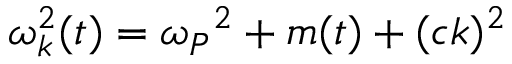
\omega _ { k } ^ { 2 } ( t ) = \omega _ { P } { ^ 2 } + m ( t ) + ( c k ) ^ { 2 }